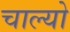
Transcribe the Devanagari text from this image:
चाल्‍यो